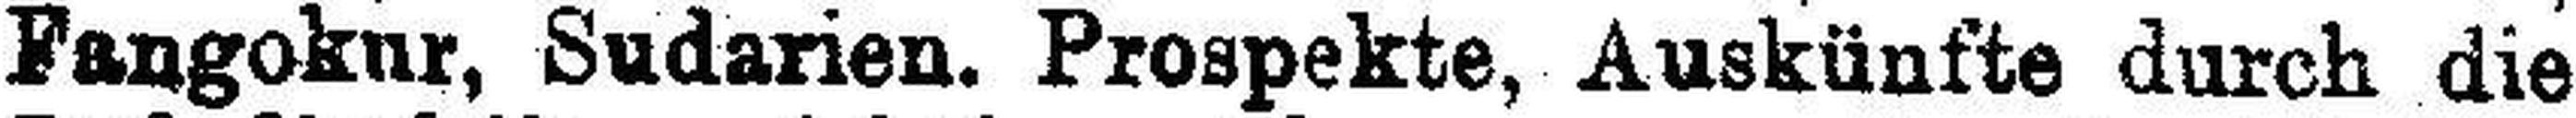
Fangokur, Sudarien. Prospekte, Auskünfte durch die